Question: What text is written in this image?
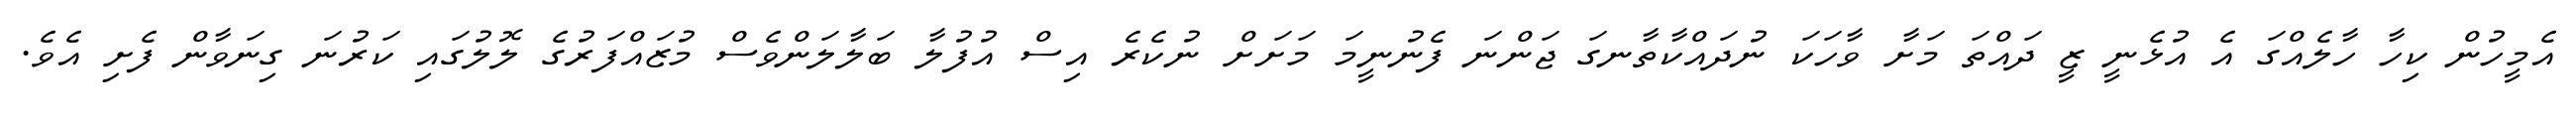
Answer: އެމީހުން ކިހާ ހާލެއްގަ އެ އުޅެނީ ޒީ ދައްތަ މަށާ ވާހަކަ ނުދައްކާތާނގަ ޖަންނަ ފެނުނީމަ މަށަށް ނުކެރެ އިސް އުފުލާ ބަލާލަންވެސް މުޒައްފަރުގެ ލޮލުގައި ކަރުނަ ގިނަވާން ފެށި އެވެ.